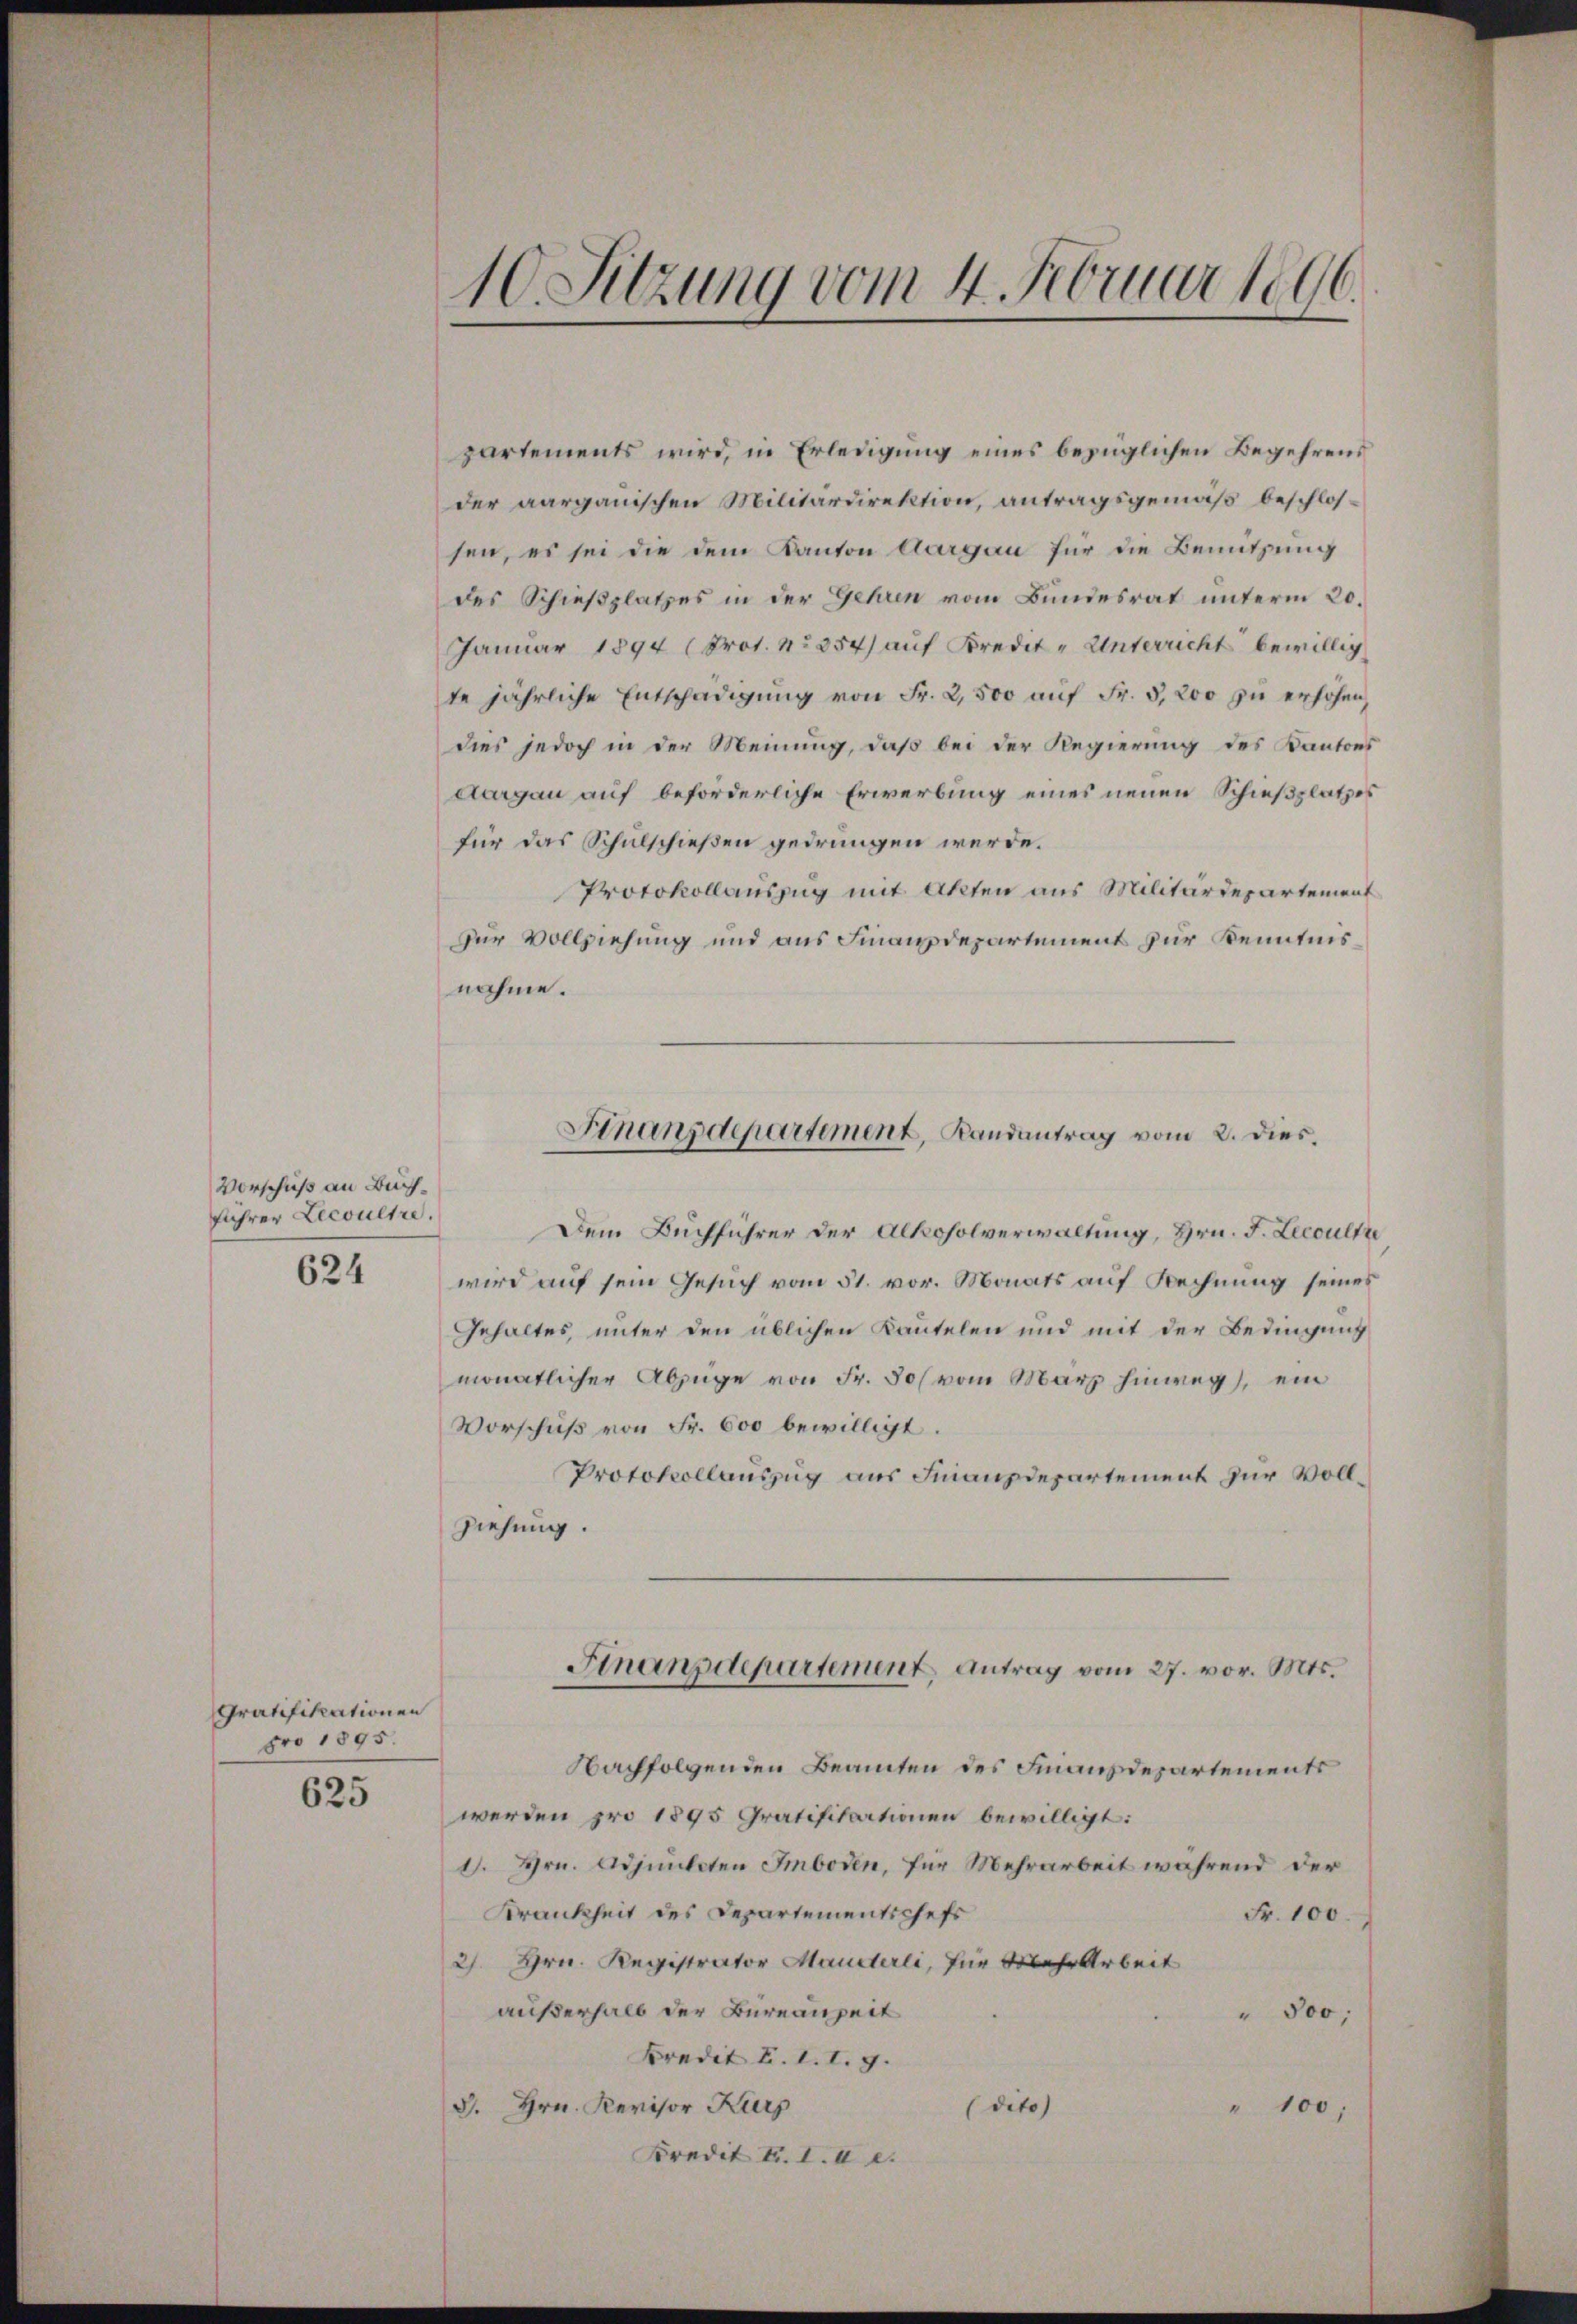
Vorschuß an Buchführer Lecoultre.
624

Gratifikationen
pro 1895.
625

partements wird, in Erledigung eines bezüglichen Begehrens
der aargauischen Militärdirektion, antragsgemäß beschlossen, es sei die dem Kanton Aargau für die Benutzung
des Schießplatzes in der Gehren vom Bundesrat unterm 20.
Januar 1894 (Prot. No 354) auf Kredit- Unterricht bewillig
te jährliche Entschädigŭng von Fr. 2,500 aŭf Fr. 5, 200 zŭ erhöhen,
dies jedoch in der Meinung, daß bei der Regierung des Kantons
Aargau auf beförderliche Erwerbung eines neuen Schießplatzes
für das Schulschießen gedrungen werde.
Protokollauszug mit Akten aus Militärdepartement
zur Vollziehung und aus Finanzdepartement zur Kenntnisnahme.
Dem Buchführer der Alkoholverwaltung, Hrn. F. Leccult
wird auf sein Gesuch vom 31. vor. Monats auf Rechnung seines
Gehaltes, unter den üblichen Kautelen und mit der Bedingung
monatlicher Abzüge von Fr. 30 vom März hinweg, ein
Vorschuß von Fr. 600 bewilligt.
Protokollauszug aus Finanzdepartement zur Voll¬
Ziehung.
Finanzdepartement Antrag vom 27. vor. Mts.
Nachfolgenden Beamten des Finanzdepartements
werden pro 1895 Gratifikationen bewilligt:
1. Hrn. Adjunkten Imboden, für Mehrarbeit während der
Krankheit des Departementschefs
Fr. 100
2). Hrn. Registrator Maueterli, für Mehr Arbeit
außerhalb der Bureauzeit
" 500,
Kredit L. I. I. g.
3. Hrn. Revisor Kurs
(dito
" 100;
Kredit F. I. II 2.

10. Sitzung vom 4. Februar 1896.

Finanzdepartement, Randantrag vom 2. dies.